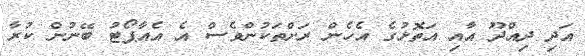
އަދި ދިއްދޫ އާއި އަތޮޅުގެ އެހެން ރަށްތަކުންވެސް އެ އެއާޕޯޓު ބޭނުން ކުރާ